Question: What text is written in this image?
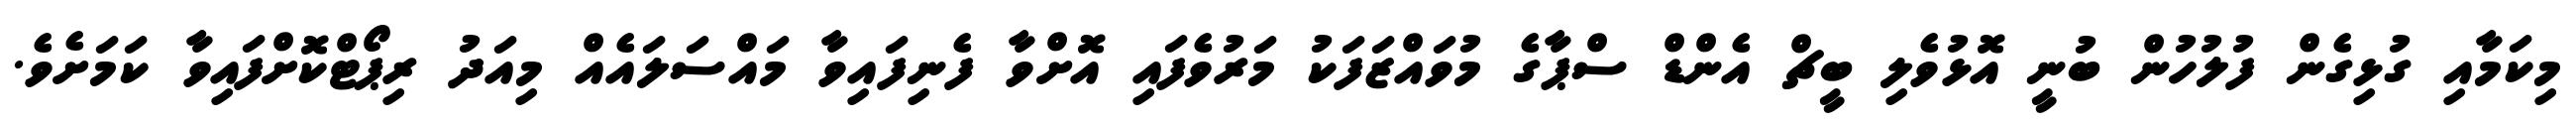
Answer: މިކަމާއި ގުޅިގެން ފުލުހުން ބުނީ އޮޅުވެލި ބީޗް އެންޑް ސްޕާގެ މުވައްޒަފަކު މަރުވެފައި އޮށްވާ ފެނިފައިވާ މައްސަލައެއް މިއަދު ރިޕޯޓްކޮށްފައިވާ ކަމަށެވެ.